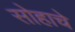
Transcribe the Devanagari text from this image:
सोहाचे